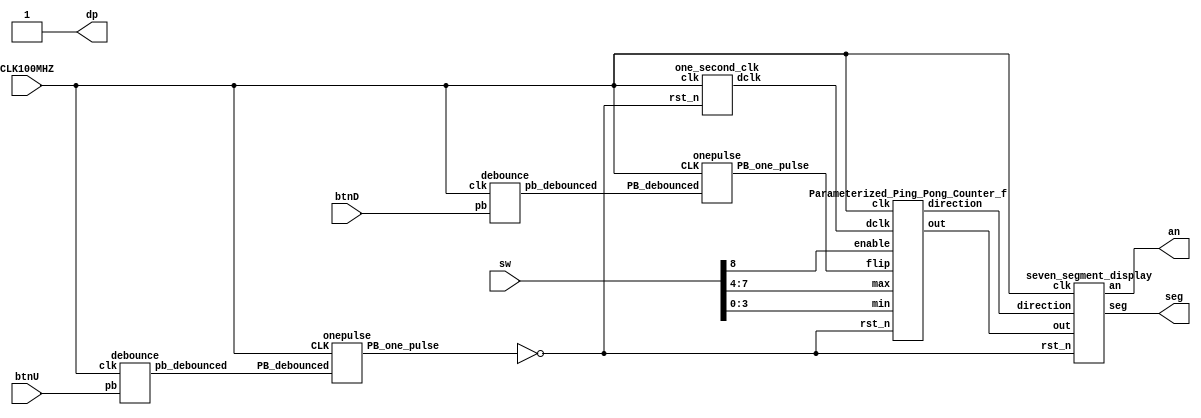
`timescale 1ns / 1ps
//////////////////////////////////////////////////////////////////////////////////
// Company: 
// Engineer: 
// 
// Design Name: 
// Module Name: Parameterized_Ping_Pong_Counter_fpga
// Project Name: 
// Target Devices: 
// Tool Versions: 
// Description: 
// 
// Dependencies: 
// 
// Revision:
// Revision 0.01 - File Created
// Additional Comments:
// 
//////////////////////////////////////////////////////////////////////////////////


module Parameterized_Ping_Pong_Counter_fpga(sw, CLK100MHZ, btnU, btnD, an, seg, dp);
input [15:7] sw;
input CLK100MHZ, btnU, btnD;
wire clk, pb_reset, pb_flip;
wire enable;
wire [3:0] max;
wire [3:0] min;
output [3:0] an;
output [0:6] seg;
output dp;

assign clk = CLK100MHZ;
assign pb_reset = btnU;
assign pb_flip = btnD;
assign enable = sw[15];
assign max[3 : 0] = sw[14 : 11];
assign min[3 : 0] = sw[10 : 7];

wire [3:0] out;
wire direction;
wire reset_debounced;
wire reset_one_pulse;
wire flip_debounced;
wire flip_one_pulse;
wire rst_n;
wire dclk;
assign dp = 1'b1;
assign rst_n = ~reset_one_pulse;
one_second_clk o(clk, rst_n, dclk);

debounce reset_db(reset_debounced, pb_reset, clk);
onepulse reset_op(reset_debounced, clk, reset_one_pulse);

debounce flip_db(flip_debounced, pb_flip, clk);
onepulse flip_op(flip_debounced, clk, flip_one_pulse);

seven_segment_display SSD(clk, rst_n, out, direction, an, seg);
Parameterized_Ping_Pong_Counter_f PPPC(clk, dclk, rst_n, enable, flip_one_pulse, max, min, direction, out);
endmodule

module one_second_clk (clk, rst_n, dclk);
input clk;
input rst_n;
output dclk;

reg [26:0] one_sec_counter; 
reg [26:0] next_counter;

always @ (posedge clk) begin
    if(!rst_n) one_sec_counter <= 26'd0;
    else one_sec_counter <= next_counter;
end

always @ (*) begin
    if(one_sec_counter==27'd99999999) next_counter = 27'd0;
    else next_counter = one_sec_counter + 27'd1;
end

assign dclk = (one_sec_counter==27'd99999999)? 1'b1:1'b0;

endmodule

module debounce (pb_debounced, pb, clk);
output pb_debounced;
input pb;
input clk; 

reg [3:0] DFF;
always @(posedge clk) 
begin
    DFF[3:1] <= DFF[2:0];
    DFF[0] <= pb;
end
assign pb_debounced = ((DFF == 4'b1111) ? 1'b1 : 1'b0);

endmodule

module onepulse (PB_debounced, CLK, PB_one_pulse);
input PB_debounced;
input CLK;
output PB_one_pulse;
reg PB_one_pulse;
reg PB_debounced_delay;
always @(posedge CLK) begin
    PB_one_pulse <= PB_debounced & (! PB_debounced_delay);
    PB_debounced_delay <= PB_debounced;
end

endmodule

module seven_segment_display (clk, rst_n, out, direction, an, seg);
input clk;
input rst_n;
input [3:0]out;
input direction;
output reg [3:0]an;
output reg [0:6]seg;

reg [18:0] one_ms_counter;
wire [18:0] next_counter;
wire [1:0] LED;

always @ (posedge clk) begin
    if(rst_n==1'b0) one_ms_counter <= 19'd0;
    else one_ms_counter <= next_counter;
end
assign next_counter = one_ms_counter + 19'd1;
assign LED = one_ms_counter[18:17];

always @ (*)begin
    if(LED==2'b00) an = 4'b1110;
    else if(LED==2'b01) an = 4'b1101;
    else if(LED==2'b10) an = 4'b1011;
    else if(LED==2'b11) an = 4'b0111;
end

always @ (*)begin
    if(an==4'b0111)begin
        if(out>=4'd10) seg = 7'b1001111;
        else seg = 7'b0000001;
    end

    else if(an==4'b1011)begin
        if(out==4'd0 || out==4'd10) seg = 7'b0000001;
        else if(out==4'd1 || out==4'd11) seg = 7'b1001111;
        else if(out==4'd2 || out==4'd12) seg = 7'b0010010;
        else if(out==4'd3 || out==4'd13) seg = 7'b0000110;
        else if(out==4'd4 || out==4'd14) seg = 7'b1001100;
        else if(out==4'd5 || out==4'd15) seg = 7'b0100100;
        else if(out==4'd6) seg = 7'b0100000;
        else if(out==4'd7) seg = 7'b0001111;
        else if(out==4'd8) seg = 7'b0000000;
        else if(out==4'd9) seg = 7'b0000100;
    end

    else if(an==4'b1101 || an==4'b1110)begin
        if(direction==1'b1) seg= 7'b0011101;
        else seg = 7'b1100011;
    end

end

endmodule

module Parameterized_Ping_Pong_Counter_f (clk, dclk, rst_n, enable, flip, max, min, direction, out);
input clk, dclk, rst_n;
input enable;
input flip;
input [4-1:0] max;
input [4-1:0] min;
output reg direction;
output reg [4-1:0] out;

reg next_dir;
reg [3:0] next_out;

always@ (*) begin
    if(enable) begin
        if(max > min) begin
            if(out <= max & out >= min) next_out = (next_dir)? (out + 1'b1) : (out - 1'b1);
            else next_out = out;
        end
        else next_out = out;
    end
    else next_out = out;
end

always @ (posedge clk) begin
    if(rst_n) begin
        if(dclk) begin
            if(enable & max > min & out <= max & out >= min & flip) begin
                direction <= ~direction;
                out <= out;
            end
            else begin
                out <= next_out;
                direction <= next_dir;
            end 
        end
        else begin
             if(enable & max > min & out <= max & out >= min & flip) begin
                direction <= ~direction;
                out <= out;
            end
            else begin
                out <= out;
                direction <= direction;
            end 
        end          
    end
    else begin
        out <= min;
        direction <= 1'b1;
    end
end

always @(*) begin
    if(enable) begin
        if(max > min) begin
            if(out <= max & out >= min) begin
                if(flip) next_dir = ~direction;
                else if(out == max) next_dir = 1'b0;
                else if(out == min) next_dir = 1'b1;
                else next_dir = direction;               
            end
            else next_dir = direction;
        end
        else next_dir = direction;
    end
    else next_dir = direction;
end

endmodule